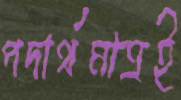
পদার্থমাত্রই